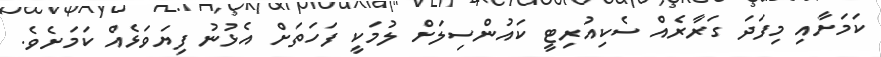
ކަމަށާއި މިފަދަ ގަރާރެއް ސެކިއުރިޓީ ކައުންސިލަށް ލުމަކީ ފަހަތަށް އެޅުނު ފިޔަވަޅެއް ކަމަށެވެ.